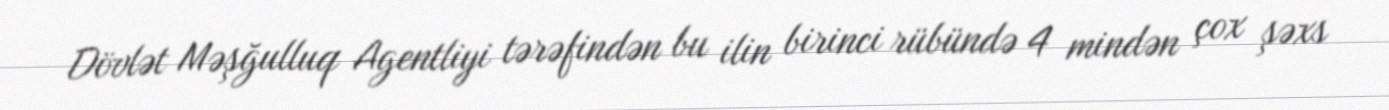
Dövlət Məşğulluq Agentliyi tərəfindən bu ilin birinci rübündə 4 mindən çox şəxs